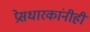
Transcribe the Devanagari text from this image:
प्रेसधारकांनीही